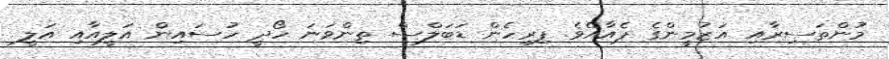
މުންތަސިރާއި އަޒުމީންގެ ޕެއާއެވެ. ފިރިހެން ޑަބަލްސް ތިންވަނަ ހޯދީ ހުސައިން އަލީއާއި އަލީ